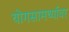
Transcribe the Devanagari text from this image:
योगसामर्थ्यावर